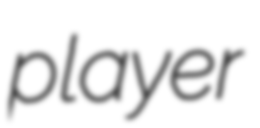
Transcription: player